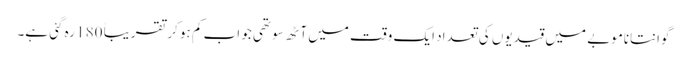
گوانتاناموبے میں قیدیوں کی تعداد ایک وقت میں آٹھ سو تھی جو اب کم ہو کر تقریباً 180 رہ گئی ہے۔